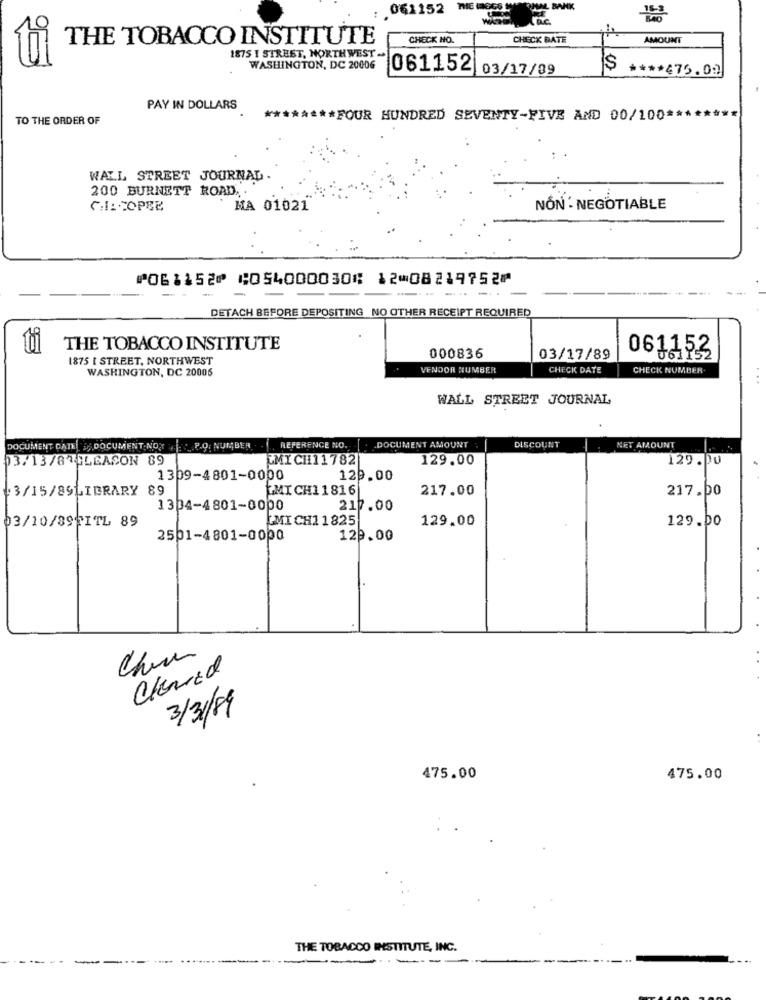
. 061152 THE MeESE
IL BANK
THE TOBACCO INSTITUTE
CHECK NO.
CHECK DATE
AMOUNT
1875 I STREET, NORTHWEST .
WASHINGTON, DC 20006
061152 03/17/09
**** 475.00
PAY IN DOLLARS
TO THE ORDER OF
**** FOUR HUNDRED SEVENTY-FIVE AND 00/100 **
WALL STREET JOURNAL .
200 BURNETT ROAD. .
CHICOPEE
MA 01021
NÓN . NEGOTIABLE
⑈061152⑈ ⑆054000030⑆ 12⑉08219752⑈
-. -..
DETACH BEFORE DEPOSITING NO OTHER RECEIPT REQUIRED
THE TOBACCO INSTITUTE
061153
1875 I STREET, NORTHWEST
000836
03/17/89
WASHINGTON, DC 20006
VENDOR NUMBER
CHECK DATE
CHECK NUMBER
WALL STREET JOURNAL
DOCUMENT CATED; DOCUMENT NOXY : P.Q. NUMBER
REFERENCE NO.
.DOCUMENT AMOUNT
DISCOUNT
NET AMOUNT
03/13/8 GLEASON 89
CMICH11782
129.00
129.00
1309-4801-0000
120.00
+3/15/89LIBRARY 89
PMI CH1 1 816
217.00
217.00
1304-4801-0000
217.00
03/10/895ITL 89
MICH11825
129.00
129.00
2501-4801-0000
129.00
Chen
Cleared
3/31/89
475.00
475.00
THE TOBACCO INSTITUTE, INC.
--
----